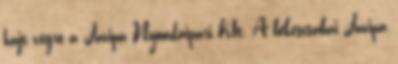
hajt végre a Javipa Nyomdaipari Kft. A békéscsabai Javipa